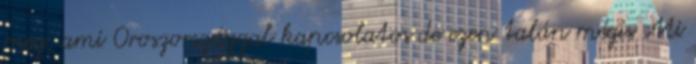
meg, ami Oroszországgal kapcsolatos de ezen talán mégis Mi